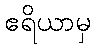
ဧရိယာမှ